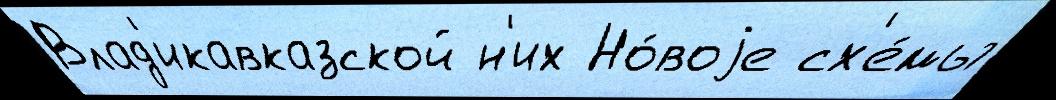
Влад'икавказской н'их Но́воjе сх'е́мы